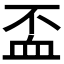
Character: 𧖯